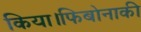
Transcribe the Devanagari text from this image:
किया।फिबोनाकी